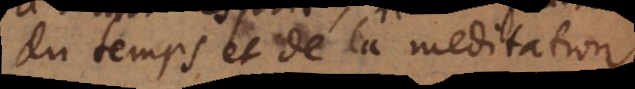
du temps et de la meditation